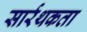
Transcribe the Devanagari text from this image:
सार्रथकता